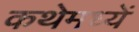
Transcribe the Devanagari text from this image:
कथेमध्यें